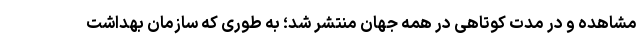
مشاهده و در مدت کوتاهی در همه جهان منتشر شد؛ به طوری که سازمان بهداشت